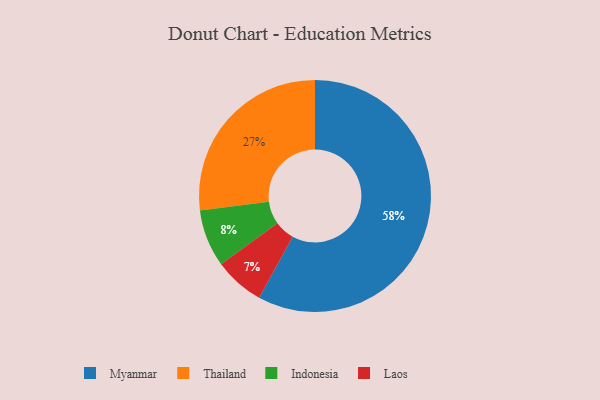
{"axis": {"x": "Category", "y": "Percentage"}, "legend": ["Indonesia", "Laos", "Myanmar", "Thailand"], "data": [{"x": "Myanmar", "y": 58, "type": "Myanmar"}, {"x": "Thailand", "y": 27, "type": "Thailand"}, {"x": "Laos", "y": 7, "type": "Laos"}, {"x": "Indonesia", "y": 8, "type": "Indonesia"}]}